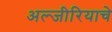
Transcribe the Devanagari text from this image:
अल्जीरियाचे